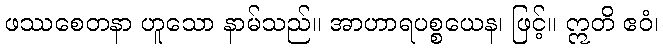
ဖဿစေတနာ ဟူသော နာမ်သည်။ အာဟာရပစ္စယေန၊ ဖြင့်။ ဣတိ ဧဝံ၊